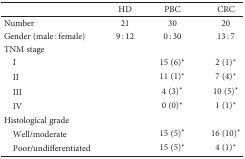
<table><thead><tr><td></td><td><b>HD</b></td><td><b>PBC</b></td><td><b>CRC</b></td></tr></thead><tbody><tr><td>Number</td><td>21</td><td>30</td><td>20</td></tr><tr><td>Gender (male : female)</td><td>9 : 12</td><td>0 : 30</td><td>13 : 7</td></tr><tr><td colspan="4">TNM stage</td></tr><tr><td> I</td><td></td><td>15 (6)<sup>∗</sup></td><td>2 (1)<sup>∗</sup></td></tr><tr><td> II</td><td></td><td>11 (1)<sup>∗</sup></td><td>7 (4)<sup>∗</sup></td></tr><tr><td> III</td><td></td><td>4 (3)<sup>∗</sup></td><td>10 (5)<sup>∗</sup></td></tr><tr><td> IV</td><td></td><td>0 (0)<sup>∗</sup></td><td>1 (1)<sup>∗</sup></td></tr><tr><td>Histological grade</td><td></td><td></td><td></td></tr><tr><td> Well/moderate</td><td></td><td>15 (5)<sup>∗</sup></td><td>16 (10)<sup>∗</sup></td></tr><tr><td> Poor/undifferentiated</td><td></td><td>15 (5)<sup>∗</sup></td><td>4 (1)<sup>∗</sup></td></tr></tbody></table>